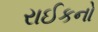
રાઈકનો